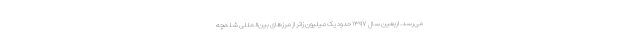
می‌رسد. اربعین سال ۱۳۹۷ حدود یک میلیون زائر از مرزهای بین‌المللی شلمچه